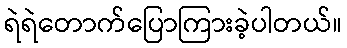
ရဲရဲတောက်ပြောကြားခဲ့ပါတယ်။